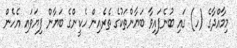
މިމާއްދާގެ (ހ) ގައި ބުނެފައިވާ ބަޔާންތަކުގެ ތެރެއިން ހެކީންގެ ބަޔާން ފިޔަވައި އެހެން